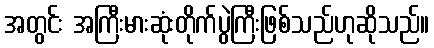
အတွင်း အကြီးမားဆုံးတိုက်ပွဲကြီးဖြစ်သည်ဟုဆိုသည်။